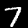
Digit: 7